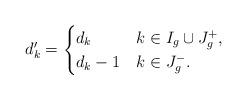
LaTeX: \begin{align*}d'_k=\begin{cases}d_k &k\in I_g\cup J^+_g, \\d_k-1 &k\in J^-_g.\end{cases}\end{align*}